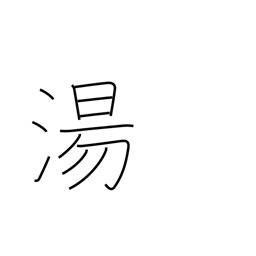
Meaning: hot spring